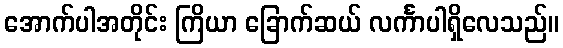
အောက်ပါအတိုင်း ကြိယာ ခြောက်ဆယ် လင်္ကာပါရှိလေသည်။